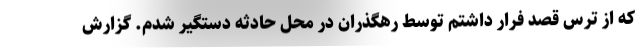
که از ترس قصد فرار داشتم توسط رهگذران در محل حادثه دستگیر شدم. گزارش